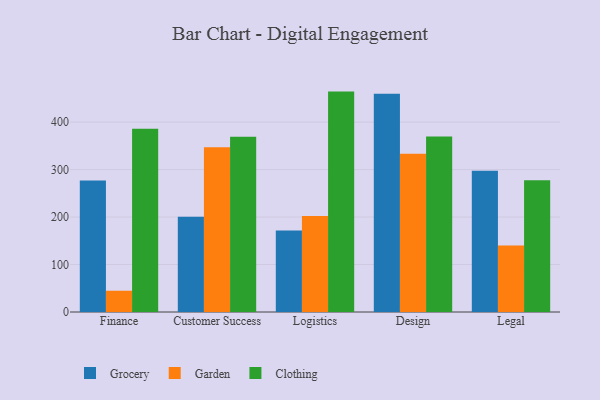
{"axis": {"x": "Department", "y": "Customer Acquisition Cost (USD)"}, "legend": ["Clothing", "Garden", "Grocery"], "data": [{"x": "Finance", "y": 277.2, "type": "Grocery"}, {"x": "Finance", "y": 44.8, "type": "Garden"}, {"x": "Finance", "y": 386.1, "type": "Clothing"}, {"x": "Customer Success", "y": 200.8, "type": "Grocery"}, {"x": "Customer Success", "y": 347.2, "type": "Garden"}, {"x": "Customer Success", "y": 369.0, "type": "Clothing"}, {"x": "Logistics", "y": 171.7, "type": "Grocery"}, {"x": "Logistics", "y": 202.3, "type": "Garden"}, {"x": "Logistics", "y": 464.3, "type": "Clothing"}, {"x": "Design", "y": 459.9, "type": "Grocery"}, {"x": "Design", "y": 333.6, "type": "Garden"}, {"x": "Design", "y": 369.6, "type": "Clothing"}, {"x": "Legal", "y": 297.8, "type": "Grocery"}, {"x": "Legal", "y": 140.0, "type": "Garden"}, {"x": "Legal", "y": 277.4, "type": "Clothing"}]}